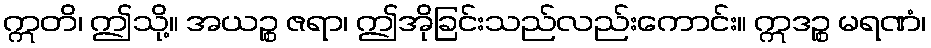
ဣတိ၊ ဤသို့။ အယဉ္စ ဇရာ၊ ဤအိုခြင်းသည်လည်းကောင်း။ ဣဒဉ္စ မရဏံ၊